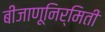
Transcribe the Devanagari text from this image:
बीजाणूनिर्मिती